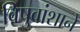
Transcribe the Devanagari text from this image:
विषुवांशाने